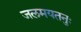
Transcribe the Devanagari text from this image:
जलमयतनुः